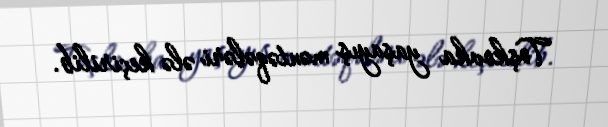
Toşkovka yaşayış məntəqələri ələ keçirilib.